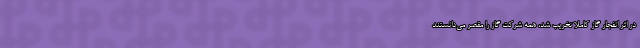
در اثر انفجار گاز کاملا تخریب شد، همه شرکت گاز را مقصر می‌دانستند